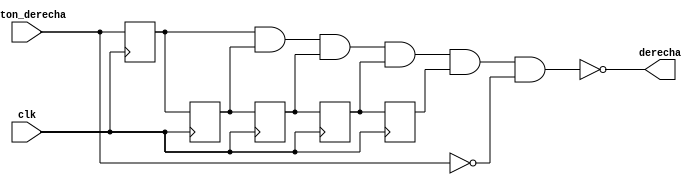
`timescale 1ns / 10ps

module metaderecha(
		input boton_derecha,
		input clk,
		output derecha
    );

reg FF_1;
reg FF_2;
reg FF_3;
reg FF_4;
reg FF_5;

always @(posedge clk)
begin
	FF_1 <= boton_derecha;
	FF_2 <= FF_1;
	FF_3 <= FF_2;
	FF_4 <= FF_3;
	FF_5 <= FF_4;
end

assign derecha = !((FF_1) & (FF_2) & (FF_3) & (FF_4) & (FF_5) & (!boton_derecha));
endmodule